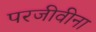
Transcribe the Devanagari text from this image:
परजीवीना